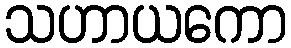
သဟာယကော